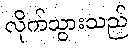
လိုက်သွားသည်